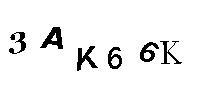
3AK66K